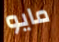
مايو